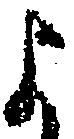
よ